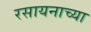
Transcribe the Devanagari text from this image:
रसायनाच्या